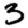
Digit: 3